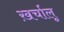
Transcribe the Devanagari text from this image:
ख़र्चालू